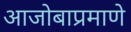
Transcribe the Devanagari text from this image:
आजोबाप्रमाणे